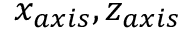
x _ { a x i s } , z _ { a x i s }